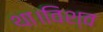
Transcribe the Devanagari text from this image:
था।विश्व